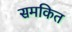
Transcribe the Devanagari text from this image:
समकित